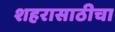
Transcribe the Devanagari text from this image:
शहरासाठीचा